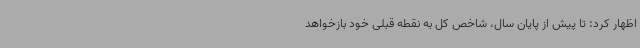
اظهار کرد: تا پیش از پایان سال، شاخص کل به نقطه قبلی خود بازخواهد